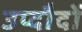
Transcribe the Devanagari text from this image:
उप्दौदों